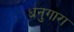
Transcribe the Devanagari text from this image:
धनुगारा